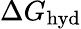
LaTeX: \Delta G_{\mathrm{hyd}}